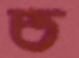
ত